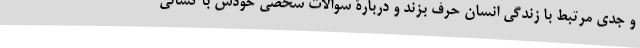
و جدی مرتبط با زندگی انسان حرف بزند و دربارۀ سوالات شخصی خودش با کسانی